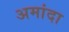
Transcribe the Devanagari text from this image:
अमांदा